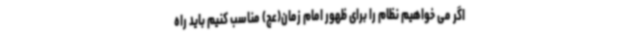
اگر می خواهیم نظام را برای ظهور امام زمان(عج) مناسب کنیم باید راه